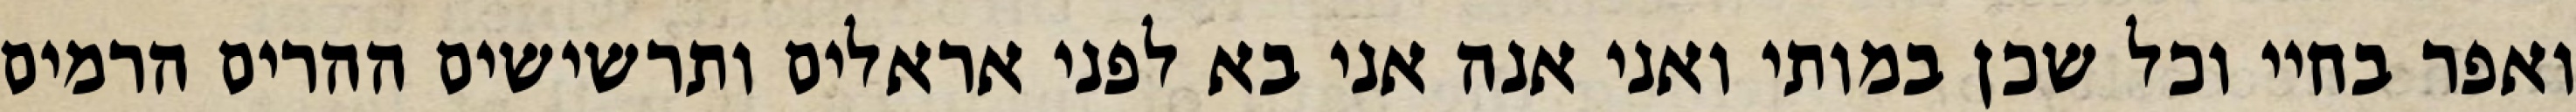
ואפר בחיי וכל שכן במותי ואני אנה אני בא לפני אראלים ותרשישים ההרים הרמים